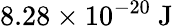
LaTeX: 8.28\times 10^{-20}\mathrm{~J}